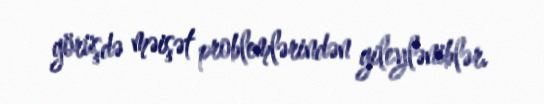
görüşdə məişət problemlərindən gileyləniblər.